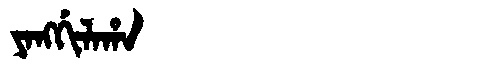
Manchu: ᠶᠠᠩᡤᡳᠯᠠᡥᠠ
Romanization: YANGGILAHA